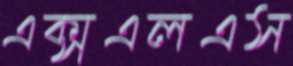
এক্সএলএস